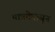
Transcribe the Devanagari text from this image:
पात्रतेपासून